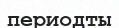
периодты